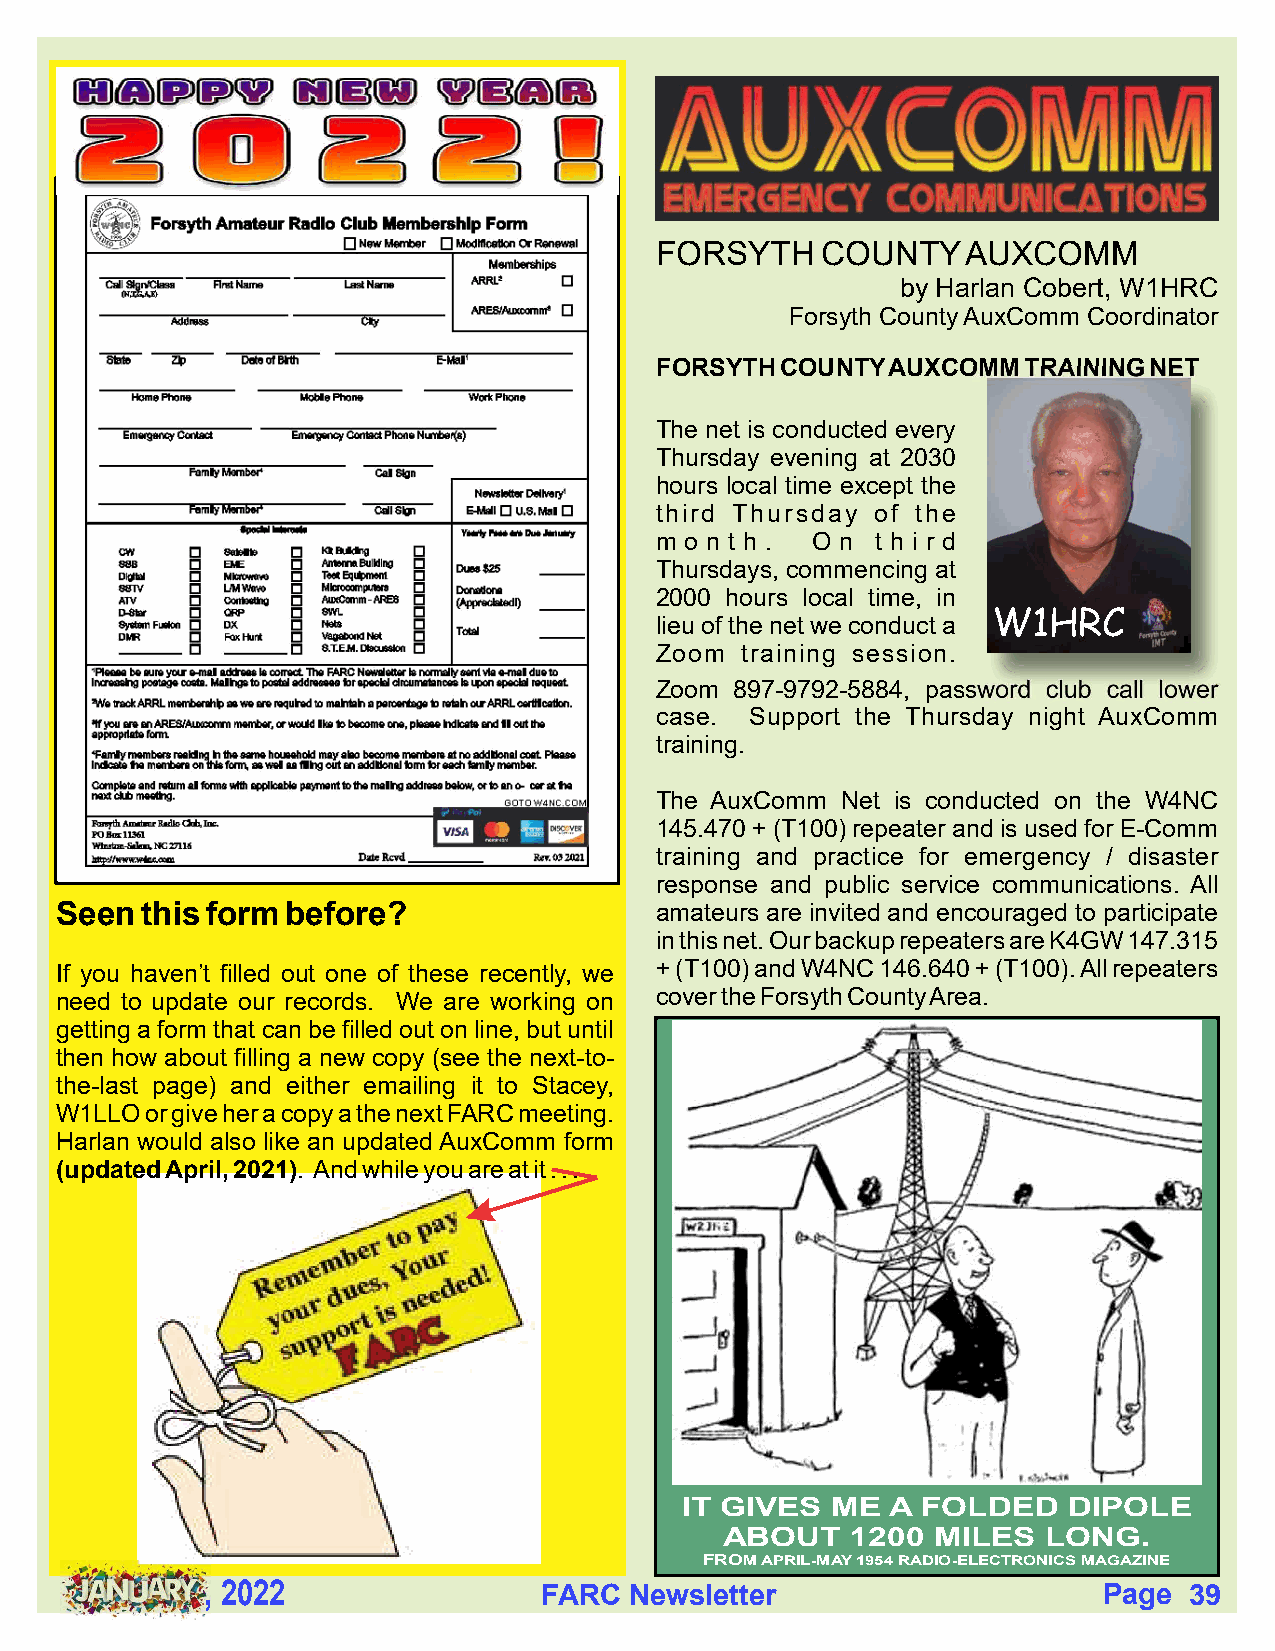
FORSYTH    COUNTY    AUXCOMM
 by Harlan Cobert, W1HRC
 Forsyth County AuxComm Coordinator
 FORSYTH  COUNTY AUXCOMM  TRAINING NET
 The net is conducted every
 Thursday evening at 2030
 hours local time except the
 third Thursday of the
 m o n t h . O n t h i r d
 Thursdays, commencing at
 2000 hours local time, in
 lieu of the net we conduct a W1HRC
 Zoom  training session.
 Zoom  897-9792-5884, password club call lower
 case.  Support the Thursday night AuxComm
 training.
 The AuxComm  Net is conducted on the W4NC
 145.470 + (T100) repeater and is used for E-Comm
 training and practice for emergency / disaster
 response and public service communications. All
 Seen this form before?                 amateurs are invited and encouraged to participate
 in this net. Our backup repeaters are K4GW 147.315
 If you haven’t filled out one of these recently, we + (T100) and W4NC 146.640 + (T100). All repeaters
 need to update our records. We are working on cover the Forsyth County Area.
 getting a form that can be filled out on line, but until
 then how about filling a new copy (see the next-to-
 the-last page) and either emailing it to Stacey,
 W1LLO or give her a copy a the next FARC meeting.
 Harlan would also like an updated AuxComm form
 (updated April, 2021). And while you are at it . . .
 IT GIVES  ME  A FOLDED    DIPOLE
 ABOUT   1200  MILES  LONG.
 FROM APRIL-MAY 1954 RADIO-ELECTRONICS MAGAZINE
 , 2022                FARC  Newsletter                     Page  39